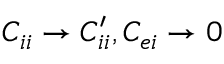
C _ { i i } \rightarrow C _ { i i } ^ { \prime } , C _ { e i } \rightarrow 0